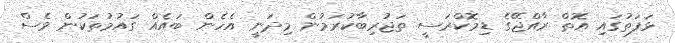
ޅަފަތުގައި އޮތް ރާއްޖޭގެ ޑިމޮކްރަސީ ތަޖުރިބާކުރަމުން މިދަނީ އެހެން ބައެއް ގައުމުތަކުން ވެސް